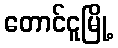
တောင်ငူမြို့